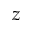
z